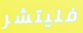
فليتشر